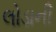
લોડાની